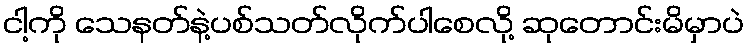
ငါ့ကို သေနတ်နဲ့ပစ်သတ်လိုက်ပါစေလို့ ဆုတောင်းမိမှာပဲ